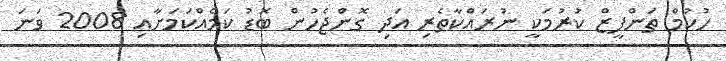
ހުކުމް ތަންފީޒް ކުރުމަކީ ނުރައްކާތެރި އަދި ގޮންޖެހުން ބޮޑު ކަމެއްކަމަށާއި 2008 ވަނަ